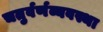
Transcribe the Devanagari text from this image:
चतुर्वर्णव्यवस्था